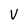
Character: V